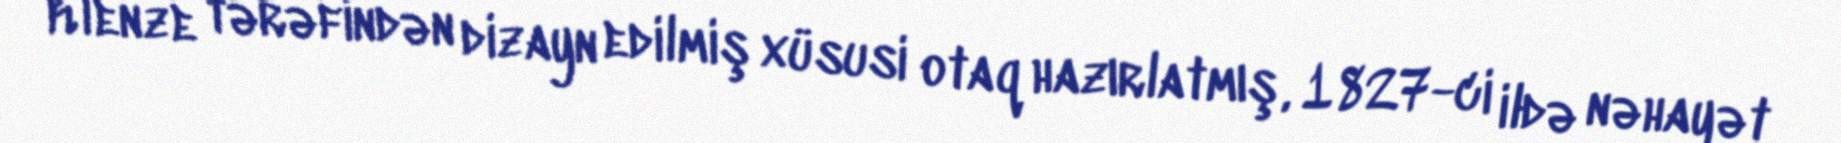
Klenze tərəfindən dizayn edilmiş xüsusi otaq hazırlatmış, 1827-ci ildə nəhayət